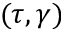
( \tau , \gamma )